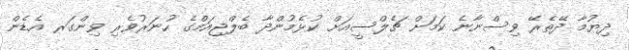
ދިޔުމާ ދޭތެރޭ ވިސްނާނެ ކަމަށް ޗެލްސީއަށް ކުޅެމުންދާ ބެލްޖިއަމްގެ ހުނަރުވެރި ވިންގަރ އެޑެން